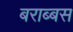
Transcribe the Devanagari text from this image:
बराब्बस